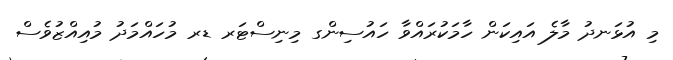
މި އުޅަނދު މާލެ އައިކަން ހާމަކުރައްވާ ހައުސިންގ މިނިސްޓަރ ޑރ މުހައްމަދު މުއިއްޒުވެސް